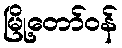
မြို့တော်ဝန်